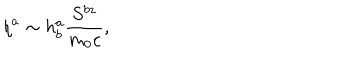
\eta ^ { a } \sim h _ { b } ^ { a } \frac { S ^ { b z } } { m _ { 0 } c } ,